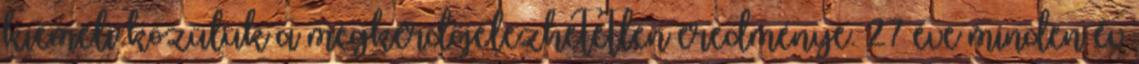
kiemeli közülük a megkérdőjelezhetetlen eredménye. 27 éve minden év